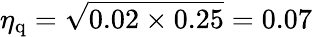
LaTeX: \eta_{\textrm{q}}=\sqrt{0.02\times 0.25}=0.07